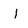
Character: l